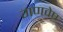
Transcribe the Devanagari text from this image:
गणवेष